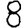
Digit: 8